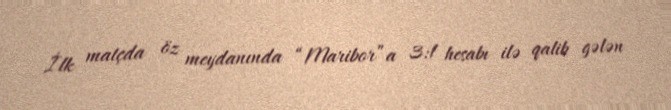
İlk matçda öz meydanında “Maribor”a 3:1 hesabı ilə qalib gələn